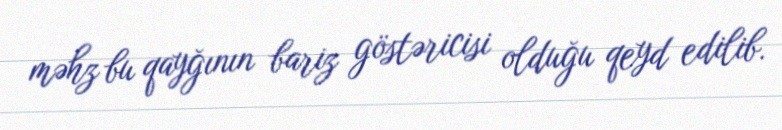
məhz bu qayğının bariz göstəricisi olduğu qeyd edilib.